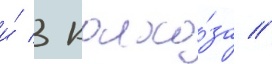
и́ 3 колхо́за //